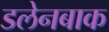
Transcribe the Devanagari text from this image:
डलेनबाक